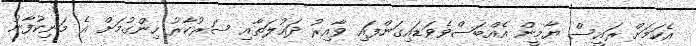
އެކަމަށް ރައީސް ޔާމީން އެއްބަސްވެވަޑައިގަންފައި ވާއިރު ދައުލަތާއި ސަރުކާރު ހިންގުމަށް އެ މަނިކުފާނު